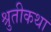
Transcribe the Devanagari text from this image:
श्रुतीकथा